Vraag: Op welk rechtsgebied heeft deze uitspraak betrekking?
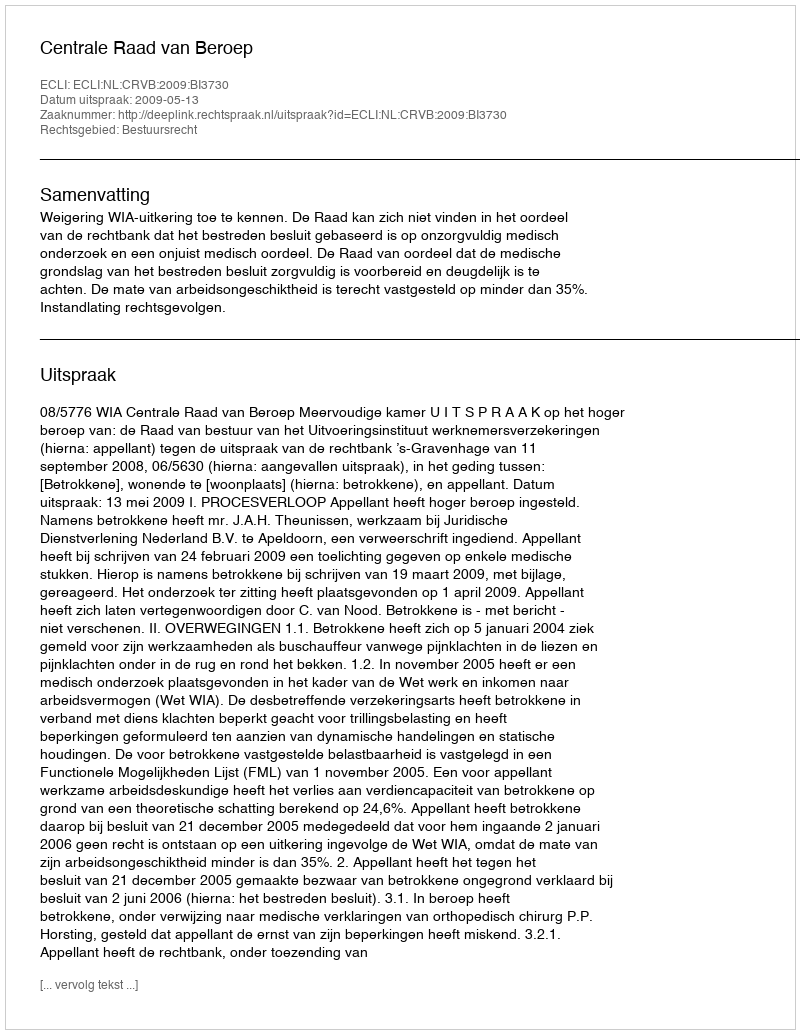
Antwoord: Bestuursrecht